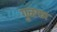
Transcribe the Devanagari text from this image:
गुळफा